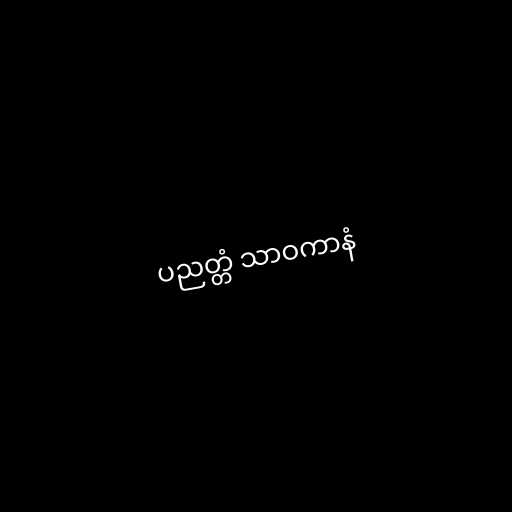
ပညတ္တံ သာဝကာနံ